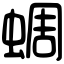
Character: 蜩